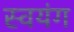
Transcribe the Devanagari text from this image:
स्वयंग